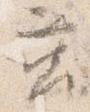
筥